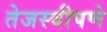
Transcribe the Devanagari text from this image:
तेजस्वीपणे